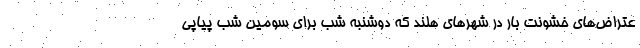
عتراض‌های خشونت بار در شهر‌های هلند که دوشنبه شب برای سومین شب پیاپی